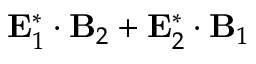
{ \bf E } _ { 1 } ^ { * } \cdot { \bf B } _ { 2 } + { \bf E } _ { 2 } ^ { * } \cdot { \bf B } _ { 1 }